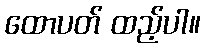
ထောပတ် ထည့်ပါ။